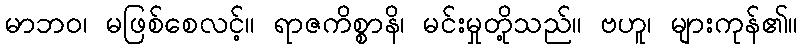
မာဘဝ၊ မဖြစ်စေလင့်။ ရာဇကိစ္စာနိ၊ မင်းမှုတို့သည်။ ဗဟူ၊ များကုန်၏။